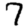
Digit: 7